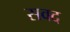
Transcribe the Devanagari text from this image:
सवद